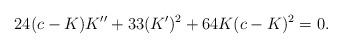
LaTeX: \begin{align*}24(c-K)K''+33(K')^2+64K(c-K)^2=0.\end{align*}